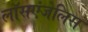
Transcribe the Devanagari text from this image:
लॉसएंजेलिस